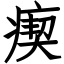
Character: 瘈